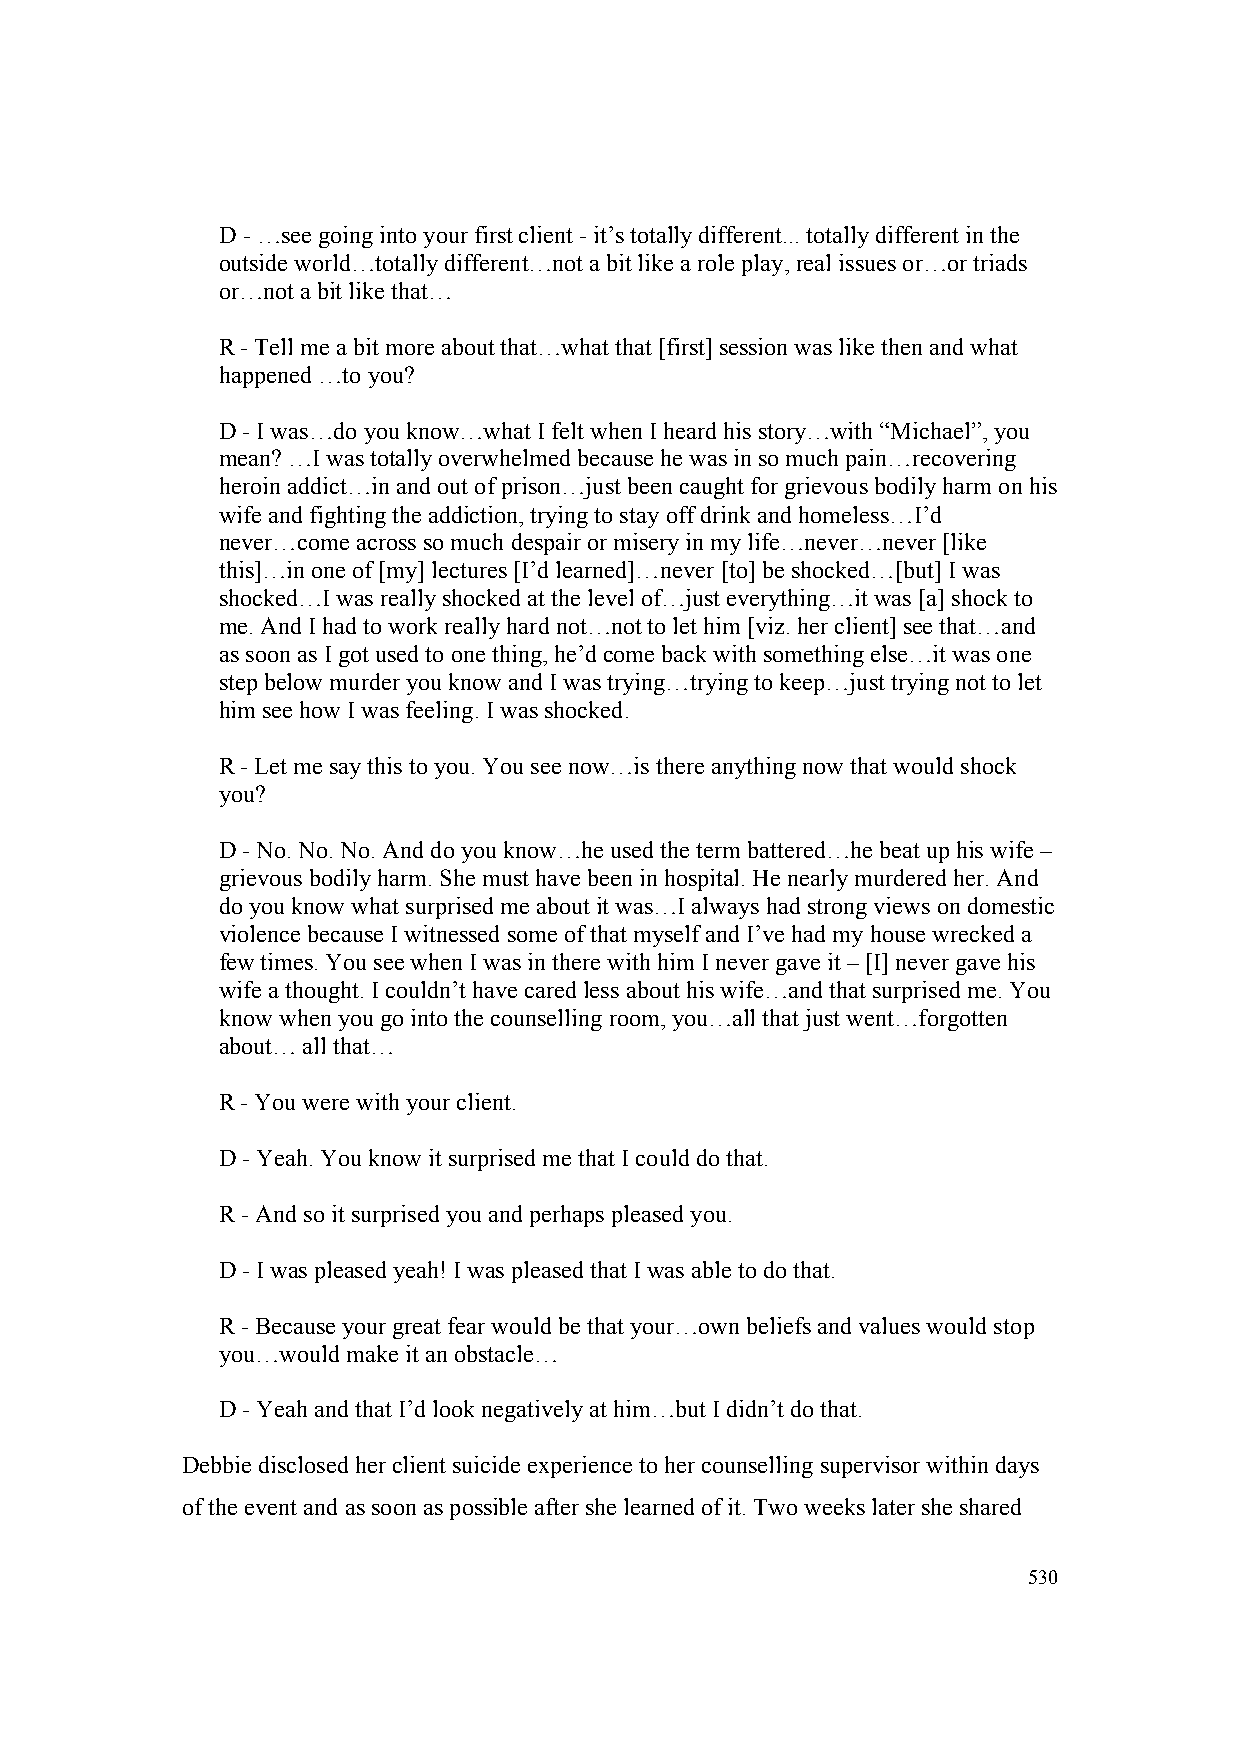
D - …see going into your first client - it’s totally different... totally different in the
 outside world…totally different…not a bit like a role play, real issues or…or triads
 or…not a bit like that…
 R - Tell me a bit more about that…what that [first] session was like then and what
 happened …to you?
 D - I was…do you know…what I felt when I heard his story…with “Michael”, you
 mean? …I was totally overwhelmed because he was in so much pain…recovering
 heroin addict…in and out of prison…just been caught for grievous bodily harm on his
 wife and fighting the addiction, trying to stay off drink and homeless…I’d
 never…come across so much despair or misery in my life…never…never [like
 this]…in one of [my] lectures [I’d learned]…never [to] be shocked…[but] I was
 shocked…I was really shocked at the level of…just everything…it was [a] shock to
 me. And I had to work really hard not…not to let him [viz. her client] see that…and
 as soon as I got used to one thing, he’d come back with something else…it was one
 step below murder you know and I was trying…trying to keep…just trying not to let
 him see how I was feeling. I was shocked.
 R - Let me say this to you. You see now…is there anything now that would shock
 you?
 D - No. No. No. And do you know…he used the term battered…he beat up his wife –
 grievous bodily harm. She must have been in hospital. He nearly murdered her. And
 do you know what surprised me about it was…I always had strong views on domestic
 violence because I witnessed some of that myself and I’ve had my house wrecked a
 few times. You see when I was in there with him I never gave it – [I] never gave his
 wife a thought. I couldn’t have cared less about his wife…and that surprised me. You
 know when you go into the counselling room, you…all that just went…forgotten
 about… all that…
 R - You were with your client.
 D - Yeah. You know it surprised me that I could do that.
 R - And so it surprised you and perhaps pleased you.
 D - I was pleased yeah! I was pleased that I was able to do that.
 R - Because your great fear would be that your…own beliefs and values would stop
 you…would make it an obstacle…
 D - Yeah and that I’d look negatively at him…but I didn’t do that.
 Debbie disclosed her client suicide experience to her counselling supervisor within days
 of the event and as soon as possible after she learned of it. Two weeks later she shared
 530